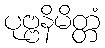
ပုဗ္ဗနိမိတ္တံ